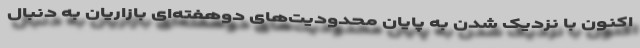
اکنون با نزدیک شدن به پایان محدودیت‌های دوهفته‌ای بازاریان به دنبال